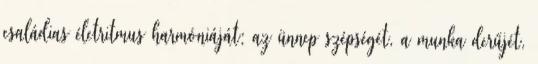
családias életritmus harmóniáját: az ünnep szépségét, a munka derűjét,